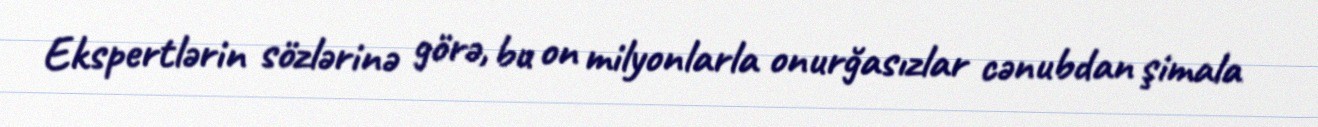
Ekspertlərin sözlərinə görə, bu on milyonlarla onurğasızlar cənubdan şimala